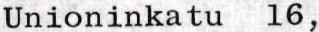
Unioninkatu 16,